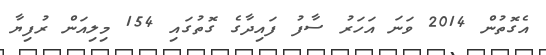
އެގޮތުން 2014 ވަނަ އަހަރު ސާފު ފައިދާގެ ގޮތުގައި 154 މިލިއަން ރުފިޔާ